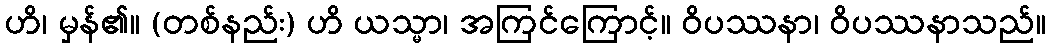
ဟိ၊ မှန်၏။ (တစ်နည်း) ဟိ ယသ္မာ၊ အကြင်ကြောင့်။ ဝိပဿနာ၊ ဝိပဿနာသည်။